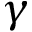
\gamma